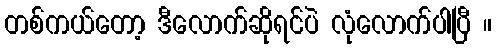
တစ်ကယ်တော့ ဒီလောက်ဆိုရင်ပဲ လုံလောက်ပါပြီ ။